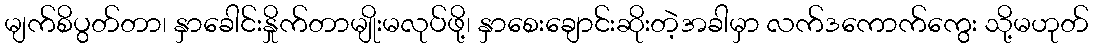
မျက်စိပွတ်တာ၊ နှာခေါင်းနှိုက်တာမျိုးမလုပ်ဖို့၊ နှာစေးချောင်းဆိုးတဲ့အခါမှာ လက်ဒကောက်ကွေး သို့မဟုတ်